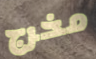
مخرج